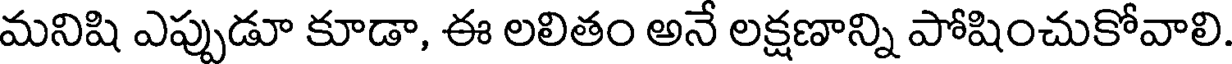
మనిషి ఎప్పుడూ కూడా, ఈ లలితం అనే లక్షణాన్ని పోషించుకోవాలి